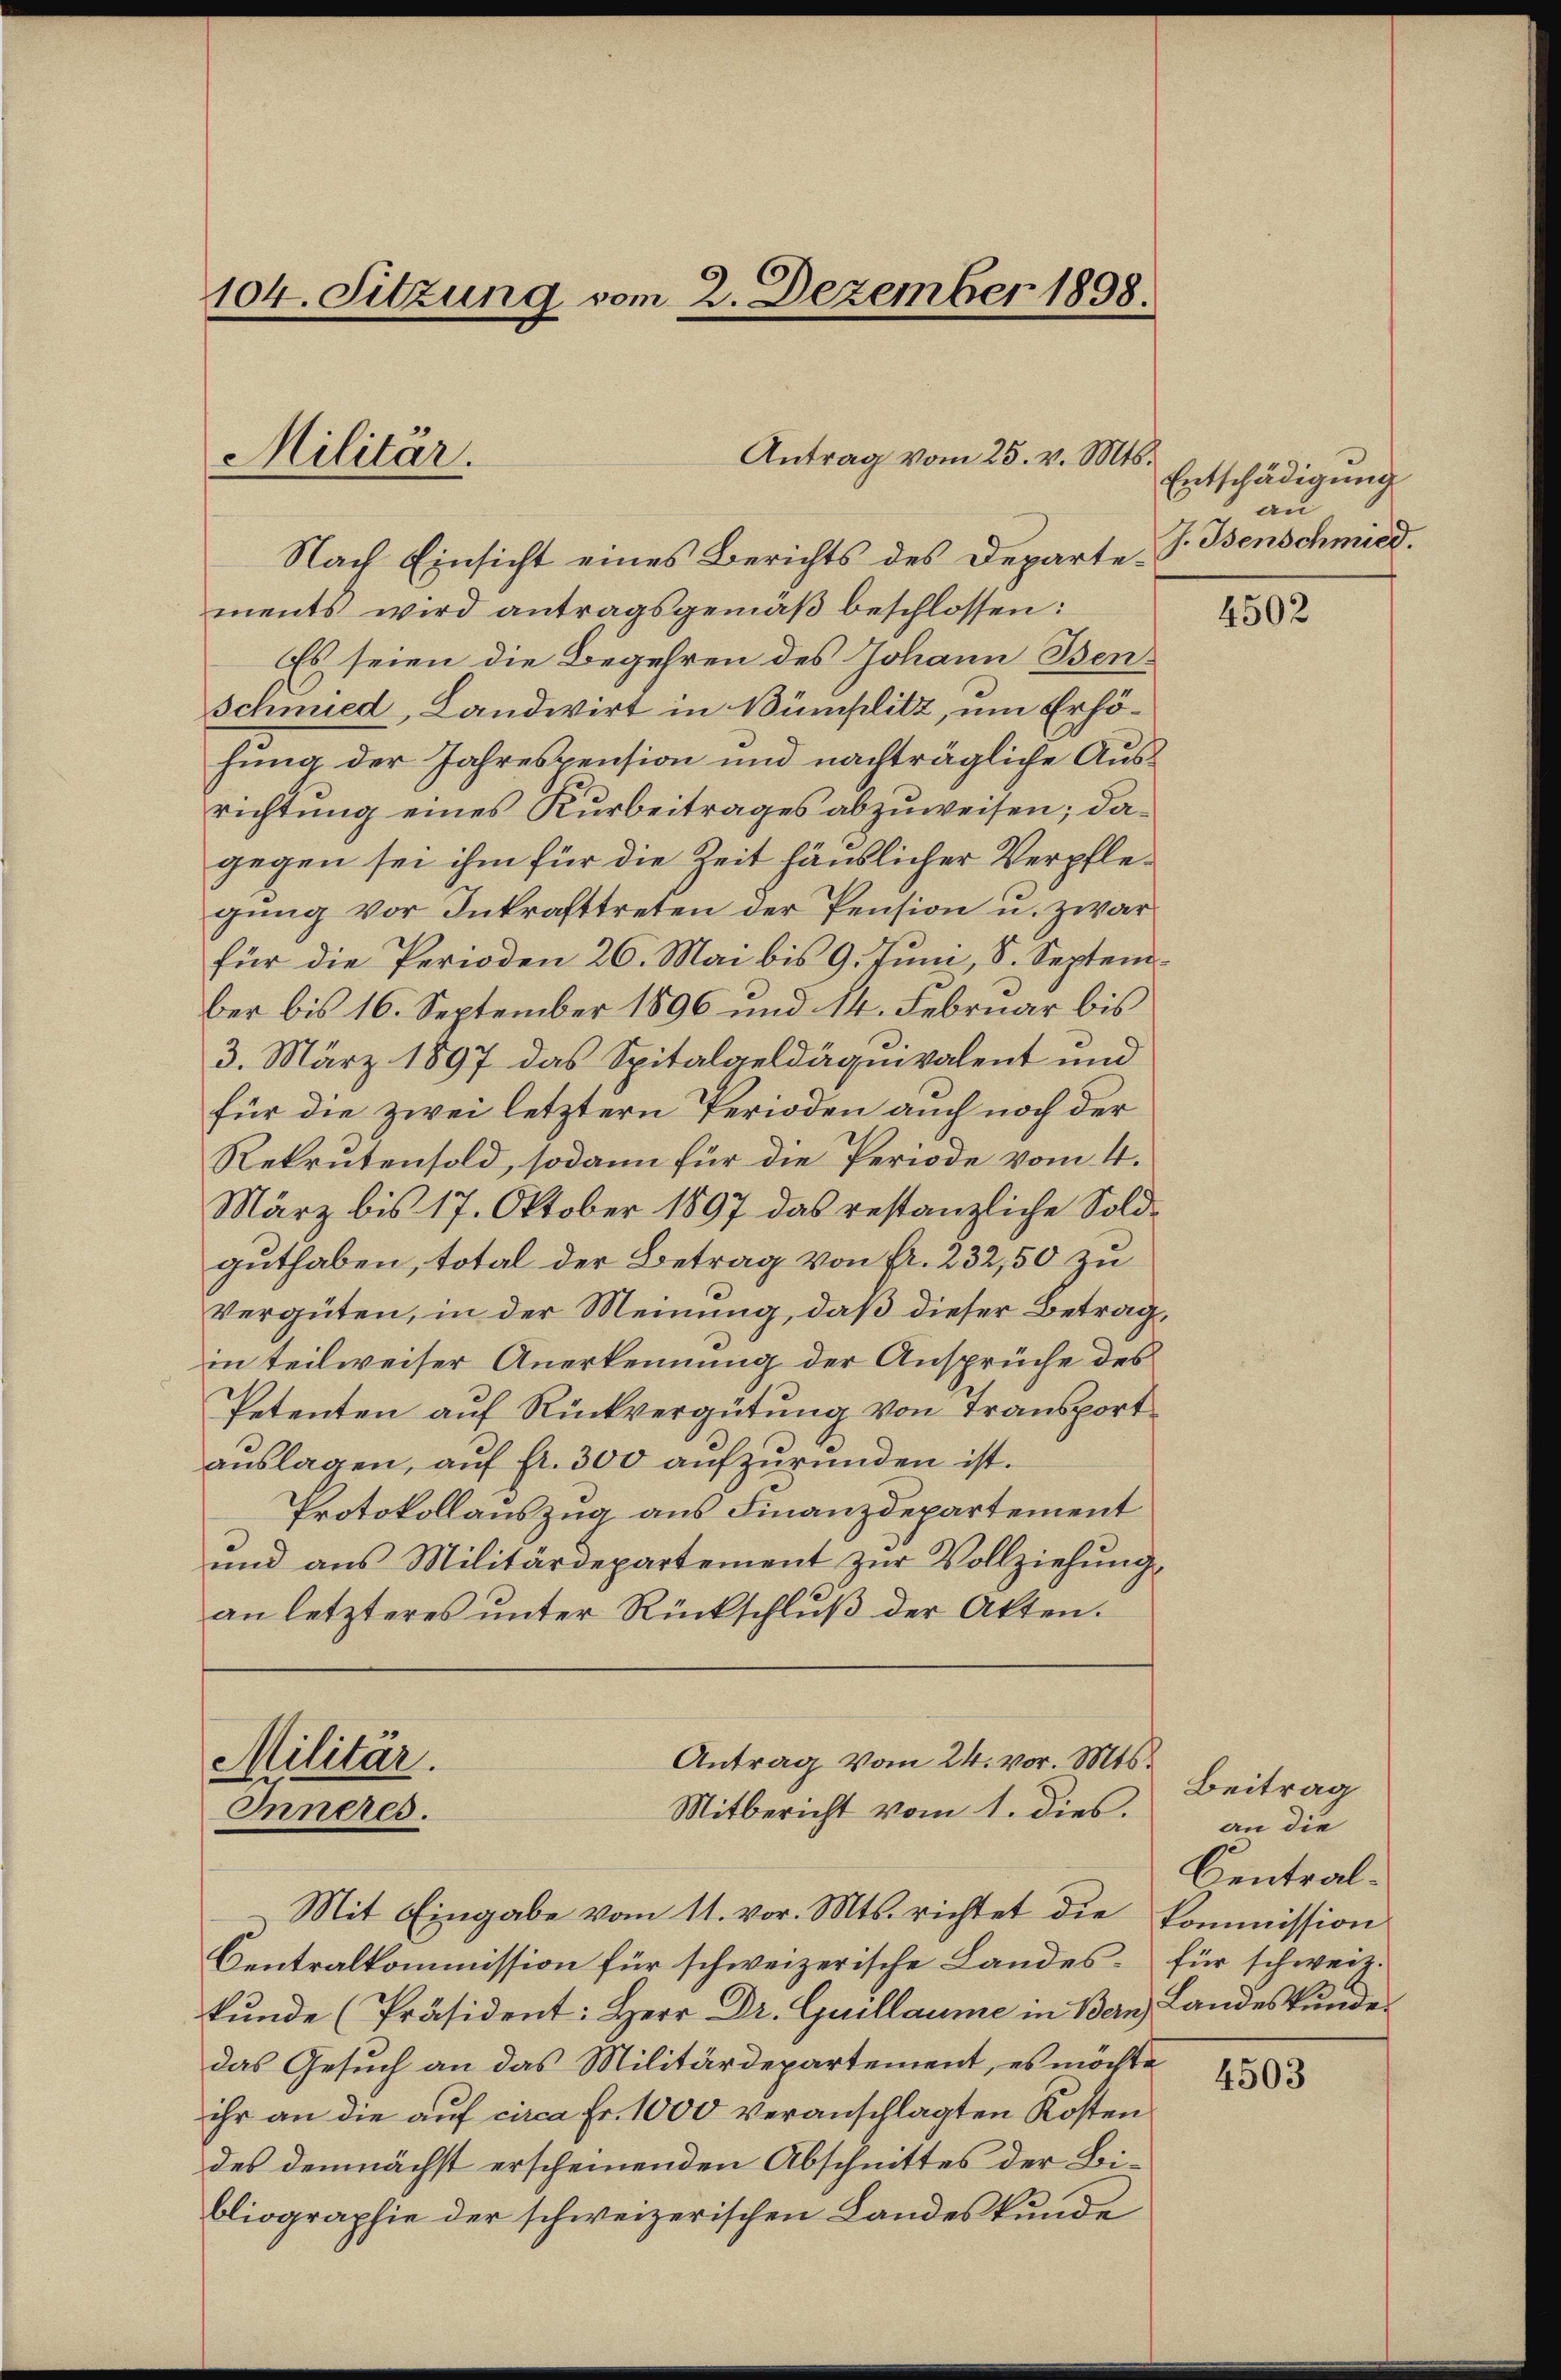
104. Sitzung vom 2. Dezember 1898.

Militär.

Nach Einsicht eines Berichts des Departements wird antragsgemäβ beschlossen:
Es seien die Begehren des Johann Ben¬
Schmied, Landwirt in Bümplitz, um Erhöhung der Jahrespension und nachträgliche Ausrichtung eines Kurbeitrages abzuweisen; dagegen sei ihm für die Zeit händlicher Verpflegŭng vor Inkrafttreten der Pension u. zwar
für die Perioden 26. Mai bis 9. Juni, S. September bis 16. September 1896 und 14. Februar bis
3. März 1897 das Spitalgeldäquivalent und
für die zwei letztern Perioden auch noch der
Rekrutensold, sodann für die Periode vom 4.
März bis 17. Oktober 1897 das restanzliche Soldguthaben, total der Betrag von fr. 232,50 zu
Vergüten, in der Meinung, daß dieser Betrag,
in teilweiser Anerkennung der Ansprüche des
Petenten auf Rückvergütung von Transport
auslagen, auf fr. 300 aufzurunden ist.
Protokollauszug aus Finanzdepartement
und aus Militärdepartement zŭr Vollziehŭng
an letzteres unter Rückschluß der Akten.

Antrag vom 25. v. Mts.

Antrag vom 24. vor. Mts.
Militär.
Mitbericht vom 1. dies.
Inneres.

Mit Eingabe vom 11. vor. Mts. richtet die kommission
Centralkommission für schweizerische Landeskunde (Präsident: Herr Dr. Guillaume in Bern, Landeskunde
das Gesuch an das Militärdepartement, es möchte
ihr an die auf circa Fr. 1000 veranschlagten Kosten
des demnächst erscheinenden Abschnittes der Bibliographie der schweizerischen Landeskunde

Entschädigung
an
J. Benschmied.

4502

Beitrag
an die
Centralfür schweiz.

4503